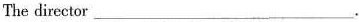
The director ___.